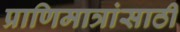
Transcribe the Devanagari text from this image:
प्राणिमात्रांसाठी